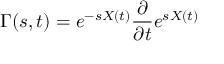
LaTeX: \Gamma ( s , t ) = e ^ { - s X ( t ) } { \frac { \partial } { \partial t } } e ^ { s X ( t ) }